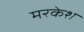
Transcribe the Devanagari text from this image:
मरकेश